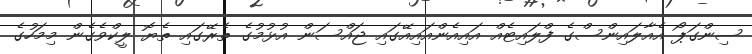
ސިންގަޕޯ އެއާލައިންސްގެ ފްލައިޓެއް އައިއެންއައިއޭގައި ޖައްސަން އުޅުމުގެ ތެރޭގައި ތެޔޮ ލީކްވެގެން މިމަހުގެ